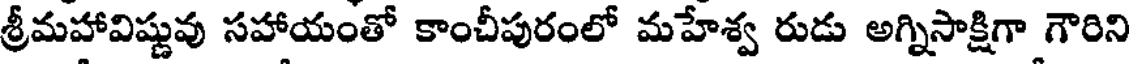
శ్రీమహావిష్ణువు సహాయంతో కాంచీపురంలో మహేశ్వ రుడు అగ్నిసాక్షిగా గౌరిని